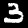
Digit: 3